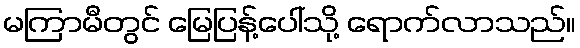
မကြာမီတွင် မြေပြန့်ပေါ်သို့ ရောက်လာသည်။